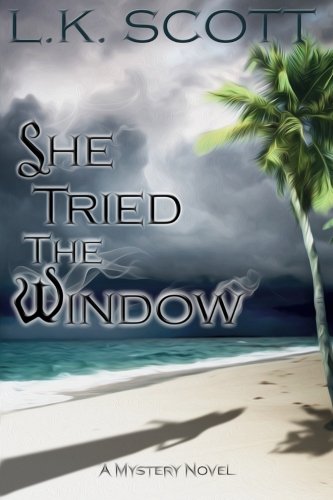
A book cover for She Tried the Window; L.K. Scott; Gay & Lesbian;